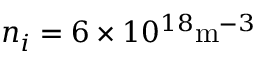
n _ { i } = 6 \times 1 0 ^ { 1 8 } \mathrm { m } ^ { - 3 }